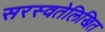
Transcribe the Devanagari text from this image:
सरस्वतेलिखित